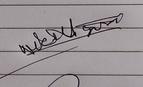
Signature authenticity: genuine